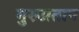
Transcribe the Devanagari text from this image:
गुरुप्रताप